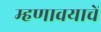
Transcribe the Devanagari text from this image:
म्हणावयाचें